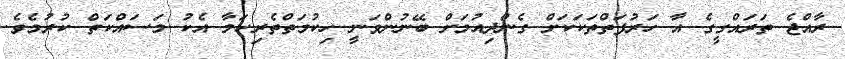
ރާއްޖެ ތަރައްގީގެ އާ ހަރުފަތްތަކަކަށް ގެންދިއުމަށް ބޭނުންވަނީ ހިކުމަތްތެރިކަމާ އެކު މަސައްކަތް ކުރުމެވެ.